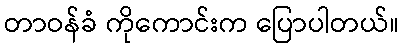
တာဝန်ခံ ကိုကောင်းက ပြောပါတယ်။